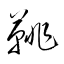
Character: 鼗